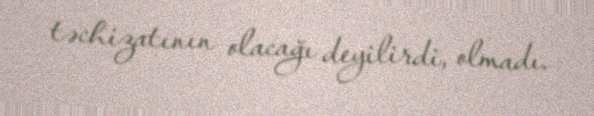
təchizatının olacağı deyilirdi, olmadı.